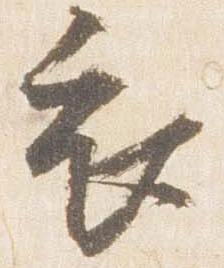
衣